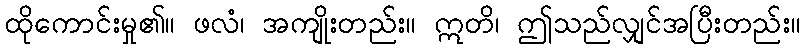
ထိုကောင်းမှု၏။ ဖလံ၊ အကျိုးတည်း။ ဣတိ၊ ဤသည်လျှင်အပြီးတည်း။